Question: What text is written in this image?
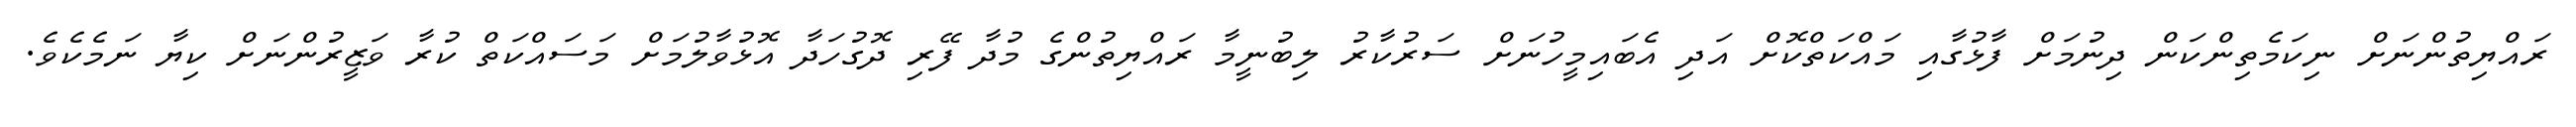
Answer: ރައްޔިތުންނަށް ނިކަމެތިންކަން ދިނުމަށް ފާޅުގާއި މައްކަތްކޮށް އަދި އެބައިމީހުނަށް ސަރުކާރު ލިބުނީމާ ރައްޔިތުންގެ މުދާ ފޭރި ދޮގުހަދާ އޮޅުވާލުމަށް މަސައްކަތް ކުރާ ވަޒީރުންނަށް ކިޔާ ނަމެކެވެ.